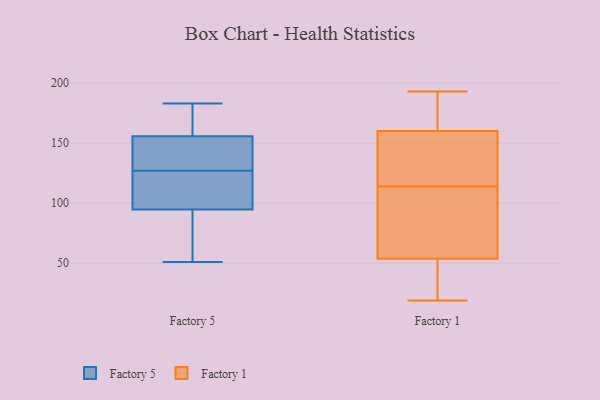
{"axis": {"x": "Energy Usage (MWh)", "y": "Value"}, "legend": ["Factory 1", "Factory 5"], "data": [{"x": "", "y": 120, "type": "Factory 5"}, {"x": "", "y": 76, "type": "Factory 5"}, {"x": "", "y": 183, "type": "Factory 5"}, {"x": "", "y": 152, "type": "Factory 5"}, {"x": "", "y": 164, "type": "Factory 5"}, {"x": "", "y": 96, "type": "Factory 5"}, {"x": "", "y": 91, "type": "Factory 5"}, {"x": "", "y": 134, "type": "Factory 5"}, {"x": "", "y": 176, "type": "Factory 5"}, {"x": "", "y": 127, "type": "Factory 5"}, {"x": "", "y": 51, "type": "Factory 5"}, {"x": "", "y": 109, "type": "Factory 5"}, {"x": "", "y": 153, "type": "Factory 5"}, {"x": "", "y": 84, "type": "Factory 1"}, {"x": "", "y": 67, "type": "Factory 1"}, {"x": "", "y": 174, "type": "Factory 1"}, {"x": "", "y": 114, "type": "Factory 1"}, {"x": "", "y": 180, "type": "Factory 1"}, {"x": "", "y": 19, "type": "Factory 1"}, {"x": "", "y": 193, "type": "Factory 1"}, {"x": "", "y": 135, "type": "Factory 1"}, {"x": "", "y": 26, "type": "Factory 1"}, {"x": "", "y": 143, "type": "Factory 1"}, {"x": "", "y": 131, "type": "Factory 1"}, {"x": "", "y": 166, "type": "Factory 1"}, {"x": "", "y": 166, "type": "Factory 1"}, {"x": "", "y": 129, "type": "Factory 1"}, {"x": "", "y": 62, "type": "Factory 1"}, {"x": "", "y": 32, "type": "Factory 1"}, {"x": "", "y": 64, "type": "Factory 1"}, {"x": "", "y": 35, "type": "Factory 1"}, {"x": "", "y": 51, "type": "Factory 1"}]}